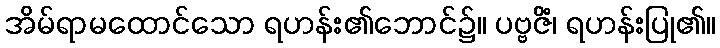
အိမ်ရာမထောင်သော ရဟန်း၏ဘောင်၌။ ပဗ္ဗဇိံ၊ ရဟန်းပြု၏။